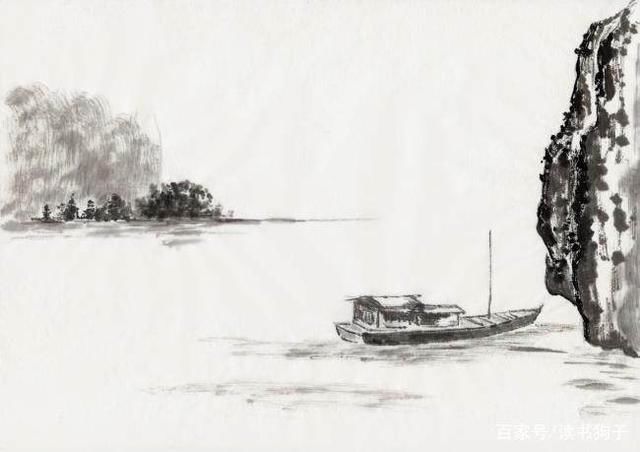
一身犹在，乱山深处，寂寞溪桥畔。